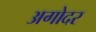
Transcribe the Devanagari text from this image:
अगोदर